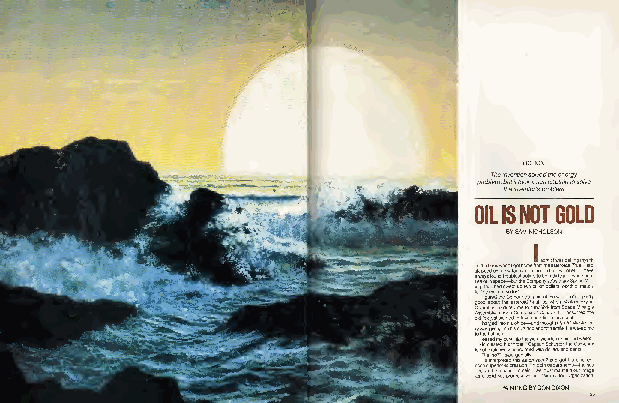
FICTION
 Theinventionsoivedtheenergy
 problem,b tu het iitnt vo eno tk oa r's se pa roca bp lt ea mintosolve
 OILISNOTGOLD
 BYSAMNICHOLSON
 osas gi( OAo tr i nfao sn oy lln let po s sorg edwa ee I I Hn"s so w I et,I t Ha r o tTp hf b e ae eeadh fo h tay heeI ip ao ame sr aen ats sg sxe r sb cc e nb a h i ui oui i.d m g lg xl efn o lj db pra o, ni eceuo sy d iio e eonc ts vo ls a dh odd /u ro tu es itkn p ursm ?a ihn L rt nn se e ya "t i oew pw d d ygoa iaa ednhc rrar t vh u ts t te I sm etes .bn el d om h n he ets pr uw lee — e pie teC xc eh an o aylsew l rr e pi do h iu k ct h op e s rb a d dI tcb mt ie egdt esu h tg il C s ooo pr rhr stt gnto e fe os n ia mo em t e seu cot fs ss . at o ncm surn iep ieh t ih t rh so e op cy t to a. aa e a ti ine ro t hl lo ' s atn kd , v— le"w ntCm noes led eyCoi oeoo xe .w "shN an a hs d Idmb m oab a—pg ne onfI aail u rp t na w yu wtlr l dwo iI bnl al i da , en no eoo n oi itCm dt ana dod wY thnab fn ih hd si moy o hot n ate noom f ?e r d uh d Sa oh iguf di okd soe sciva ri d lsgl l eu w an h tec -la fl ,h ea b ud pneh r maas srI t ss ni mr ra d iamt ew f o a tri w as si nle ue rmt na esd' c ila dr . h gyw r thi as e no es - oS ,w u aa . mti j n dM I tosn o iprodp aedi uh rH tr f abyo aas ioc a hnh, !et et. s ncs ril a ck eS e tht s gs. ew elleT M npi w soani Chr e u ion ds ua a np—n tu f be cg M om rig— s ie c ve kt w ti zme, .m m ne er hl anhI ia"py e cd p eer ii dI e trh ms tM htn by ah iera ae ai seeg et mt oa nvl ln gded't rh na i ede yf s- y .s -l e-e a .n
 PAINTINGBYDONDIXON